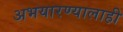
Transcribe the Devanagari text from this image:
अभयारण्यालाही